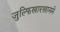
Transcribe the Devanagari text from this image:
जुल्फिखारखानने